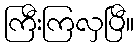
ကြီးကြလှပြီ။